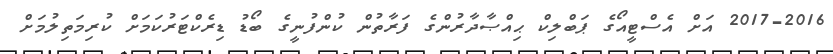
2017-2016 އަށް އެސްޓީއޯގެ ޕަބްލިކް ޙިއްޞާދާރުންގެ ފަރާތުން ކުންފުނީގެ ބޯޑު ޑިރެކްޓަރުކަމަށް ކުރިމަތިލުމަށް